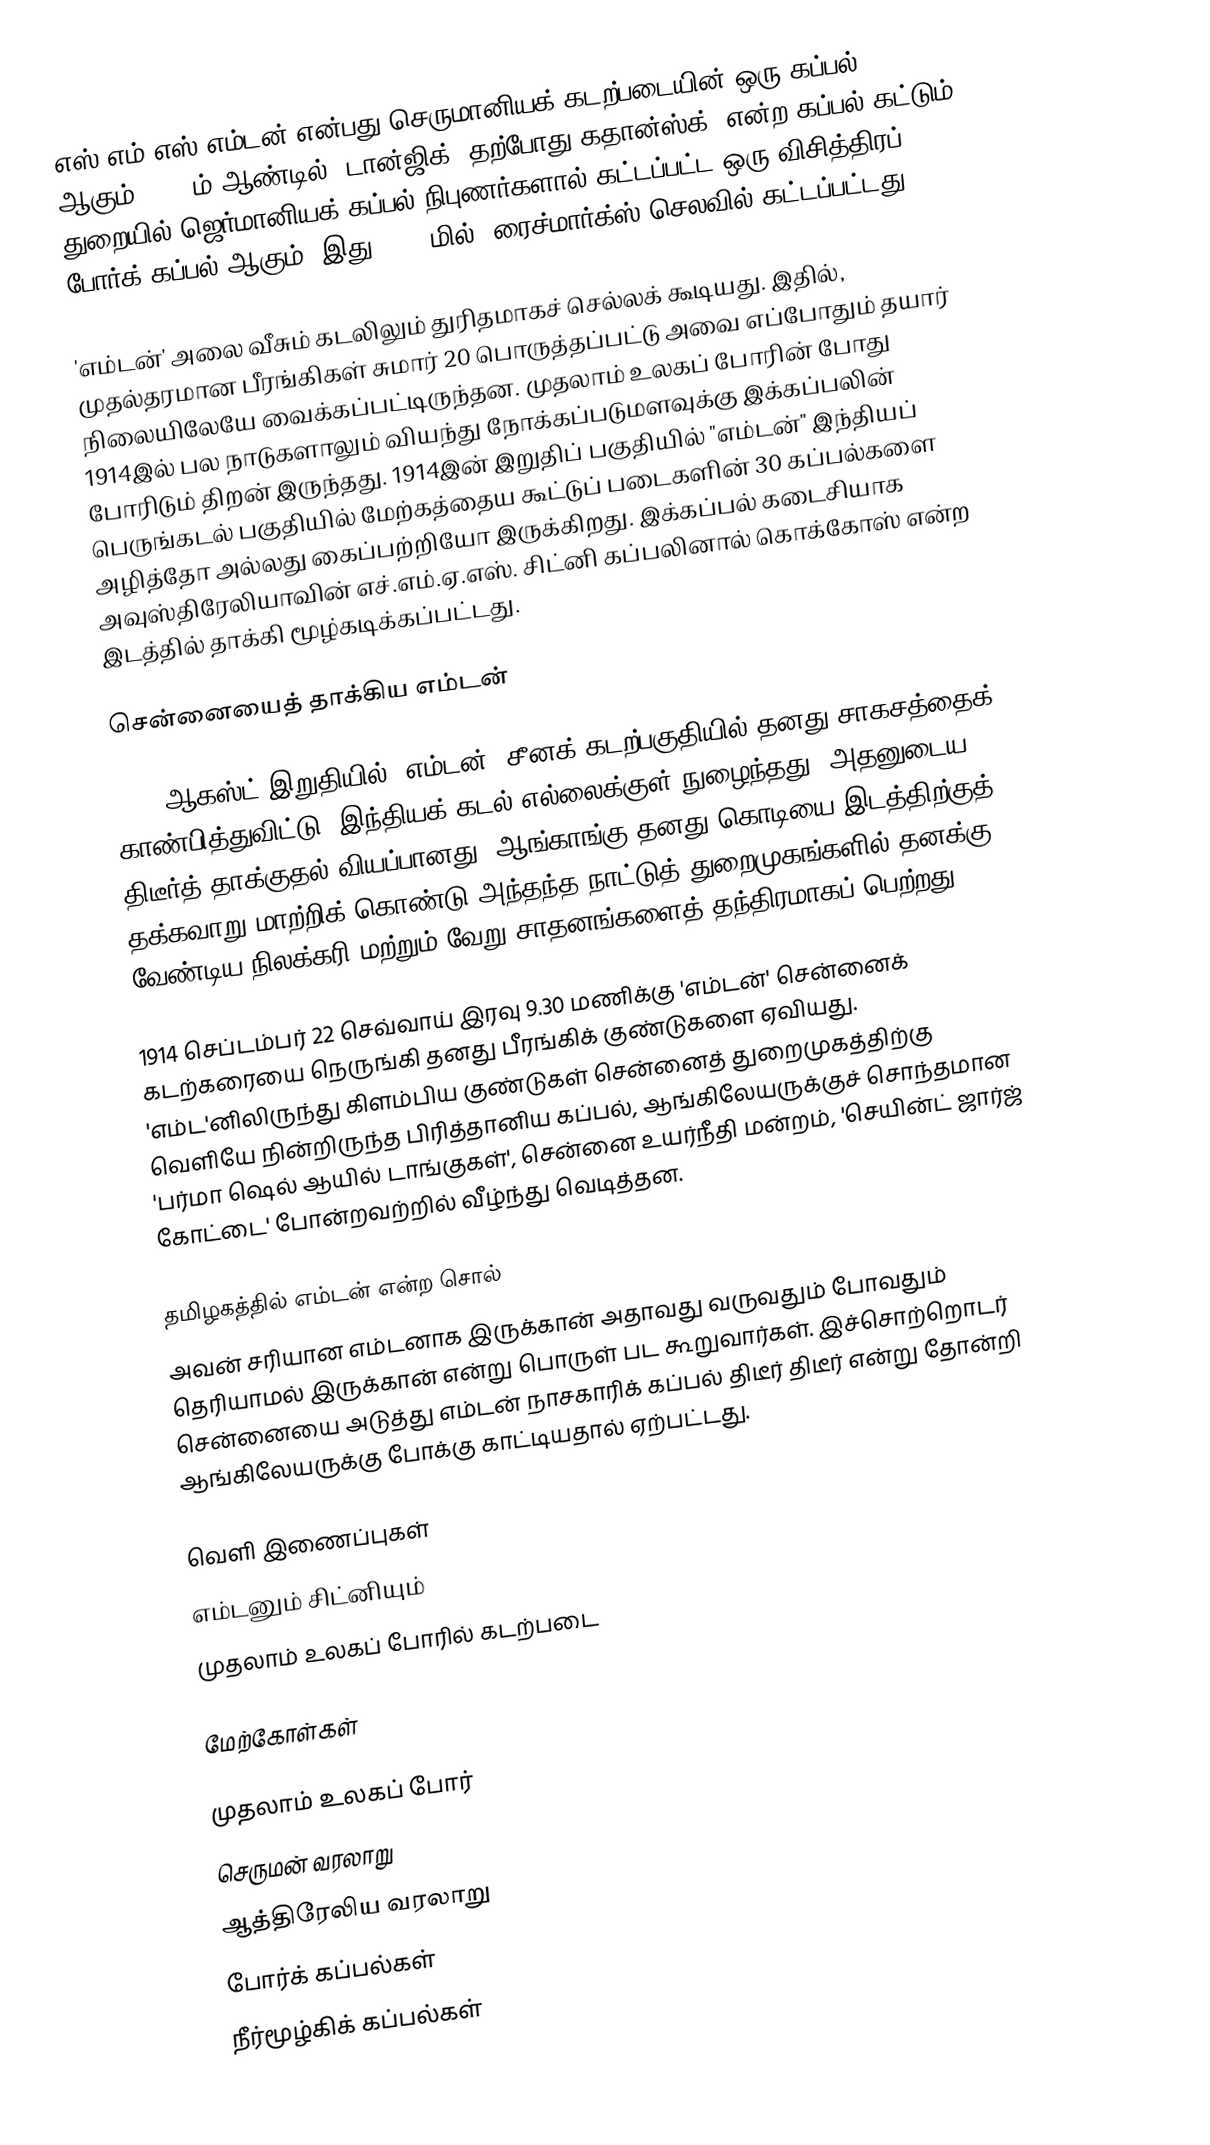
எஸ்.எம்.எஸ் எம்டன் என்பது செருமானியக் கடற்படையின் ஒரு கப்பல் ஆகும். 1908ம் ஆண்டில் "டான்ஜிக்"(தற்போது கதான்ஸ்க்) என்ற கப்பல் கட்டும் துறையில் ஜெர்மானியக் கப்பல் நிபுணர்களால் கட்டப்பட்ட ஒரு விசித்திரப் போர்க் கப்பல் ஆகும். இது 6,38 மில். ரைச்மார்க்ஸ் செலவில் கட்டப்பட்டது.

'எம்டன்' அலை வீசும் கடலிலும் துரிதமாகச் செல்லக் கூடியது. இதில், முதல்தரமான பீரங்கிகள் சுமார் 20 பொருத்தப்பட்டு அவை எப்போதும் தயார் நிலையிலேயே வைக்கப்பட்டிருந்தன. முதலாம் உலகப் போரின் போது 1914இல் பல நாடுகளாலும் வியந்து நோக்கப்படுமளவுக்கு இக்கப்பலின் போரிடும் திறன் இருந்தது. 1914இன் இறுதிப் பகுதியில் "எம்டன்" இந்தியப் பெருங்கடல் பகுதியில் மேற்கத்தைய கூட்டுப் படைகளின் 30 கப்பல்களை அழித்தோ அல்லது கைப்பற்றியோ இருக்கிறது. இக்கப்பல் கடைசியாக அவுஸ்திரேலியாவின் எச்.எம்.ஏ.எஸ். சிட்னி கப்பலினால் கொக்கோஸ் என்ற இடத்தில் தாக்கி மூழ்கடிக்கப்பட்டது.

சென்னையைத் தாக்கிய எம்டன்

1914 ஆகஸ்ட் இறுதியில் 'எம்டன்' சீனக் கடற்பகுதியில் தனது சாகசத்தைக் காண்பித்துவிட்டு, இந்தியக் கடல் எல்லைக்குள் நுழைந்தது. அதனுடைய திடீர்த் தாக்குதல் வியப்பானது. ஆங்காங்கு தனது கொடியை இடத்திற்குத் தக்கவாறு மாற்றிக் கொண்டு அந்தந்த நாட்டுத் துறைமுகங்களில் தனக்கு வேண்டிய நிலக்கரி மற்றும் வேறு சாதனங்களைத் தந்திரமாகப் பெற்றது.

1914 செப்டம்பர் 22 செவ்வாய் இரவு 9.30 மணிக்கு 'எம்டன்' சென்னைக் கடற்கரையை நெருங்கி தனது பீரங்கிக் குண்டுகளை ஏவியது. 'எம்ட'னிலிருந்து கிளம்பிய குண்டுகள் சென்னைத் துறைமுகத்திற்கு வெளியே நின்றிருந்த பிரித்தானிய கப்பல், ஆங்கிலேயருக்குச் சொந்தமான 'பர்மா ஷெல் ஆயில் டாங்குகள்', சென்னை உயர்நீதி மன்றம், 'செயின்ட் ஜார்ஜ் கோட்டை' போன்றவற்றில் வீழ்ந்து வெடித்தன.

தமிழகத்தில் எம்டன் என்ற சொல்
அவன் சரியான எம்டனாக இருக்கான் அதாவது வருவதும் போவதும் தெரியாமல் இருக்கான் என்று பொருள் பட கூறுவார்கள். இச்சொற்றொடர் சென்னையை அடுத்து எம்டன் நாசகாரிக் கப்பல் திடீர் திடீர் என்று தோன்றி ஆங்கிலேயருக்கு போக்கு காட்டியதால் ஏற்பட்டது.

வெளி இணைப்புகள்
 எம்டனும் சிட்னியும்
 முதலாம் உலகப் போரில் கடற்படை

மேற்கோள்கள்

முதலாம் உலகப் போர்
செருமன் வரலாறு
ஆத்திரேலிய வரலாறு
போர்க் கப்பல்கள்
நீர்மூழ்கிக் கப்பல்கள்